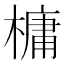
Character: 槦